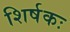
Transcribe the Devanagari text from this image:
शिर्षकः